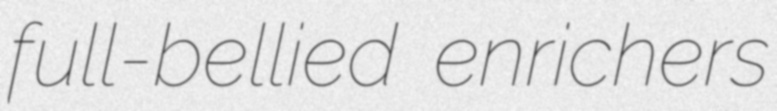
full-bellied enrichers